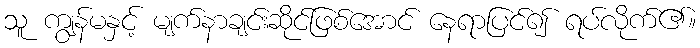
သူ ကျွန်မနှင့် မျက်နာချင်းဆိုင်ဖြစ်အောင် နေရာပြင်၍ ရပ်လိုက်၏။